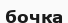
бочка